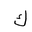
Letter: _kaf